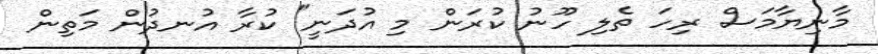
މާނިޔާމަސް ރިހަ ތެލި ހޫނު ކުރަން މި އުދަނީ" ކުރާ އުނދުން މަތިން